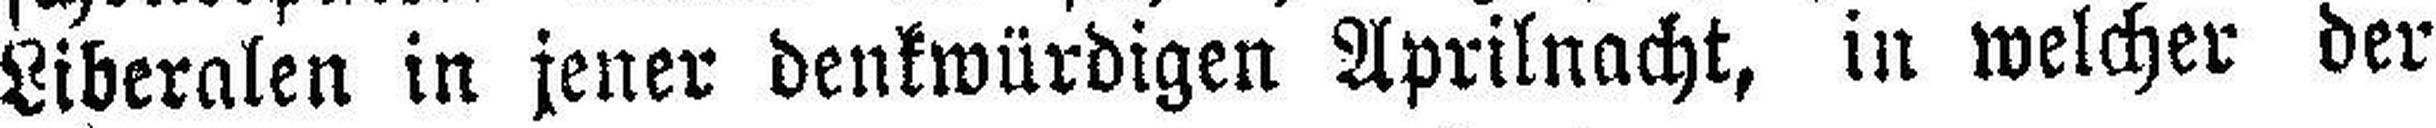
Liberalen in jener denkwürdigen Aprilnacht, in welcher der